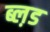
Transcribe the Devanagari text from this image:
ब्ल़ड